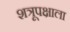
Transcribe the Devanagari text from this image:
शत्रूपक्षाला